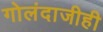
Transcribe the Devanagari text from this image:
गोलंदाजीही